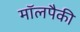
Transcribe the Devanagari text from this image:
मॉलपैकी